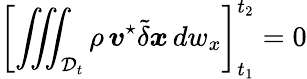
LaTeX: \left[\iiint_{{\mathcal D}_{t}}\rho\, {\boldsymbol v}^{\star}\tilde{\delta}\boldsymbol{x}\, dw_{x}\right]_{t_{1}}^{t_{2}}=0